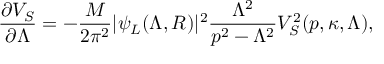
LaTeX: \frac { \partial V _ { S } } { \partial \Lambda } = - \frac { M } { 2 \pi ^ { 2 } } | \psi _ { L } ( \Lambda , R ) | ^ { 2 } \frac { \Lambda ^ { 2 } } { p ^ { 2 } - \Lambda ^ { 2 } } V _ { S } ^ { 2 } ( p , \kappa , \Lambda ) ,